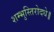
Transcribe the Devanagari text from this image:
शम्भुस्तिरोदधे॥